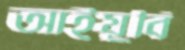
আইয়ুবি